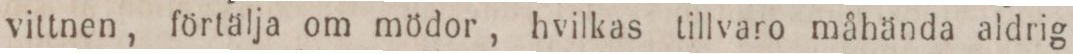
vittnen, förtälja om mödor, hvilkas tillvaro måhända aldrig